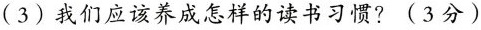
(3)我们应该养成怎样的读书习惯？(3分)